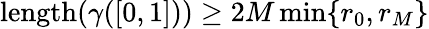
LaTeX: \mathrm{length}(\gamma([0,1]))\ge 2M\operatorname*{min}\{ r_{0},r_{M}\}